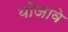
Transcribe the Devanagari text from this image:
योजावे